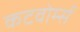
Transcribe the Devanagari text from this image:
कटवोर्म्स